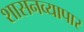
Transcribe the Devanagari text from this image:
शासनव्यापार